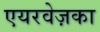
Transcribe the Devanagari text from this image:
एयरवेज़का